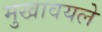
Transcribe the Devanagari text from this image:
मुखावयले